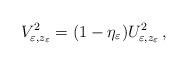
LaTeX: \begin{align*}V_{\varepsilon,z_\varepsilon}^2=(1-\eta_\varepsilon)U_{\varepsilon,z_\varepsilon}^2\,,\end{align*}